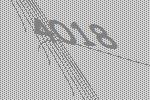
4018